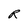
Character: R